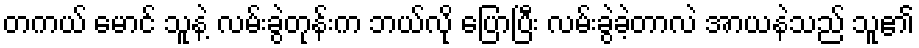
တကယ် မောင် သူနဲ့ လမ်းခွဲတုန်းက ဘယ်လို ပြောပြီး လမ်းခွဲခဲ့တာလဲ အာယနဲသည် သူ၏